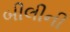
બીલીની